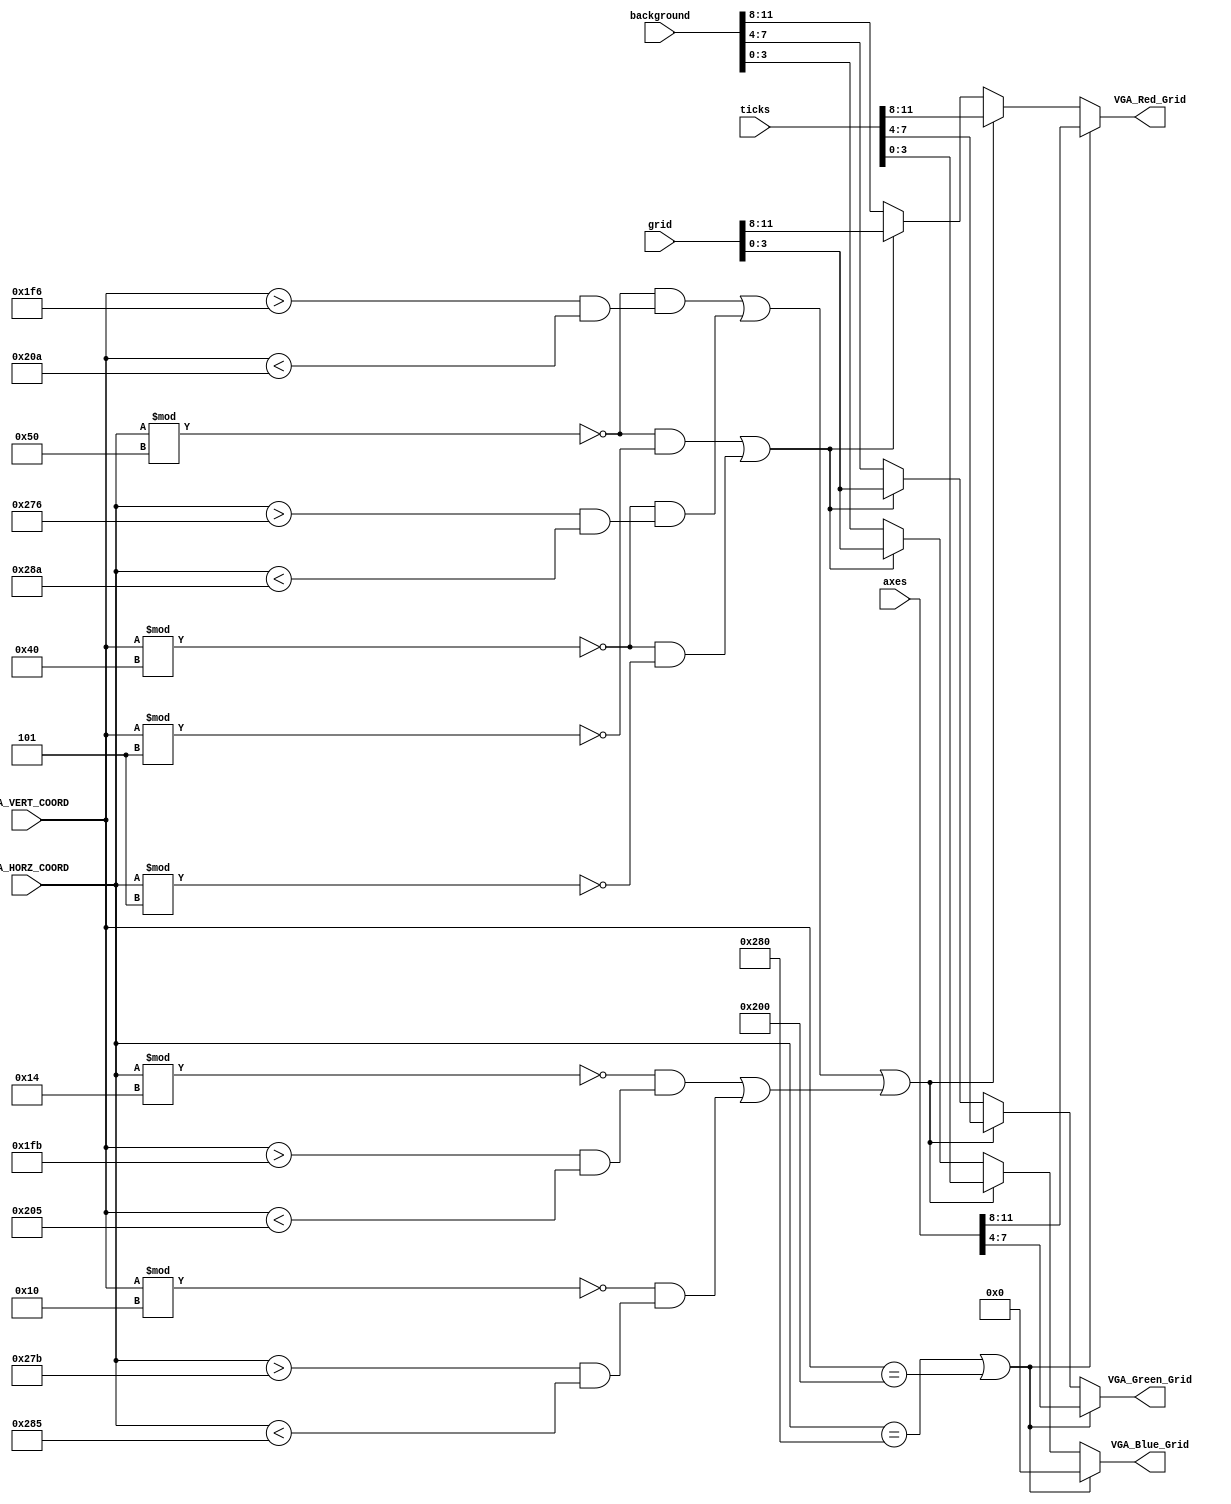
`timescale 1ns / 1ps
//////////////////////////////////////////////////////////////////////////////////
//-------------------------------------------------------------------------  
//                  DRAWING GRID LINES AND TICKS ON SCREEN
// Description:
// Grid lines are drawn at pixel # 320 along the x-axis, and
// pixel #768 along the y-axis

// Note the VGA controller is configured to produce a 1024 x 1280 pixel resolution
//-------------------------------------------------------------------------

//-------------------------------------------------------------------------
// TOOD:    Draw grid lines at every 80-th pixel along the horizontal axis, and every 64th pixel
//          along the vertical axis. This gives us a 16x16 grid on screen. 
//          
//          Further draw ticks on the central x and y grid lines spaced 16 and 8 pixels apart in the 
//          horizontal and vertical directions respectively. This gives us 5 sub-divisions per division 
//          in the horizontal and 8 sub-divisions per divsion in the vertical direction   
//-------------------------------------------------------------------------  
  
//////////////////////////////////////////////////////////////////////////////////


module Draw_Background(
    input [11:0] VGA_HORZ_COORD,
    input [11:0] VGA_VERT_COORD,
    
    input [11:0] background,
    input [11:0] axes,
    input [11:0] grid,
    input [11:0] ticks,
    
    output [3:0] VGA_Red_Grid,
    output [3:0] VGA_Green_Grid,
    output [3:0] VGA_Blue_Grid
    );
    
// The code below draws two grid lines. Modify the codes to draw more grid lines. 
    wire Condition_For_Axes = (VGA_HORZ_COORD == 640) ||  (VGA_VERT_COORD == 512) ;


// Using the gridline example, insert your code below to draw ticks on the x-axis and y-axis.
    wire Condition_For_Ticks = ((VGA_HORZ_COORD % 80 == 0) && (VGA_VERT_COORD > 502 && VGA_VERT_COORD < 522)) || (VGA_VERT_COORD % 64 == 0) && (VGA_HORZ_COORD > 630 && VGA_HORZ_COORD < 650);
    wire Condition_For_SmallT = ((VGA_HORZ_COORD % 20 == 0) && (VGA_VERT_COORD > 507 && VGA_VERT_COORD < 517)) || (VGA_VERT_COORD % 16 == 0) && (VGA_HORZ_COORD > 635 && VGA_HORZ_COORD < 645);
    wire Condition_For_Grid = ((VGA_HORZ_COORD % 80 == 0) && (VGA_VERT_COORD % 5 == 0) || ((VGA_VERT_COORD % 64 == 0) && (VGA_HORZ_COORD % 5 == 0)));

    
// Please modify below codes to change the background color and to display ticks defined above
    wire [3:0] bgR;
    wire [3:0] bgG;
    wire [3:0] bgB;
    
    wire [3:0] axeR;
    wire [3:0] axeG;
    wire [3:0] axeB;
    
    wire [3:0] gridR;
    wire [3:0] gridG;
    wire [3:0] gridB;
    
    wire [3:0] tickR;
    wire [3:0] tickG;
    wire [3:0] tickB;
    
    assign bgR = background >> 8;
    assign bgG = background << 4 >> 8;
    assign bgB = background << 8 >> 8;
    
    assign axeR = axes >> 8;
    assign axeG = axes << 4 >> 8;
    assign axeB = axes << 8 >> 4;
    
    assign gridR = grid >> 8;
    assign gridG = grid  << 4 >> 4;
    assign gridB = grid << 8 >> 8;
    
    assign tickR = ticks >> 8;
    assign tickG = ticks << 4 >> 8;
    assign tickB = ticks << 8 >> 8;
    
    assign VGA_Red_Grid = (Condition_For_Axes) ? axeR : (Condition_For_Ticks || Condition_For_SmallT) ? tickR : Condition_For_Grid ? gridR : bgR;
    assign VGA_Green_Grid = (Condition_For_Axes) ? axeG : (Condition_For_Ticks || Condition_For_SmallT) ? tickG : Condition_For_Grid ? gridG : bgG;
    assign VGA_Blue_Grid = (Condition_For_Axes) ? axeB : (Condition_For_Ticks || Condition_For_SmallT) ? tickB : Condition_For_Grid ? gridB : bgB;
endmodule